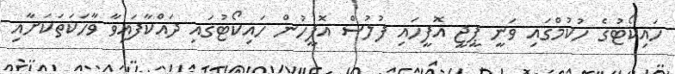
ހައިކޯޓުގެ ހުކުމްގައި ވަނީ ޕީޖީ އޮފީހައި ފުލުސް އޮފީހުން ހައިކޯޓުގައި ދައްކާފައިވާ ވާހަކަތަކަށާއި